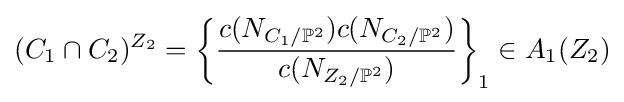
(C_{1}\cap C_{2})^{Z_{2}}=\left\{{\frac {c(N_{C_{1}/\mathbb {P} ^{2}})c(N_{C_{2}/\mathbb {P} ^{2}})}{c(N_{Z_{2}/\mathbb {P} ^{2}})}}\right\}_{1}\in A_{1}(Z_{2})